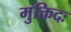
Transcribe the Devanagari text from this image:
मुक्तिदः